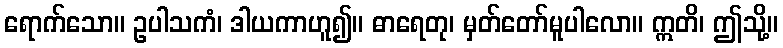
ရောက်သော။ ဥပါသကံ၊ ဒါယကာဟူ၍။ ဓာရေတု၊ မှတ်တော်မူပါလော။ ဣတိ၊ ဤသို့။